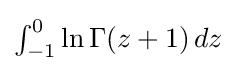
\textstyle \int _{-1}^{0}\ln \Gamma (z+1)\,dz